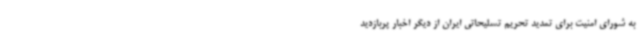
به شورای امنیت برای تمدید تحریم تسلیحاتی ایران از دیگر اخبار پربازدید